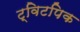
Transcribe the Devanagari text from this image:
ट्विटपिक